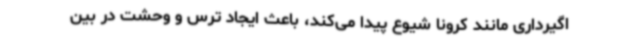
اگیرداری مانند کرونا شیوع پیدا می‌کند، باعث ایجاد ترس و وحشت در بین